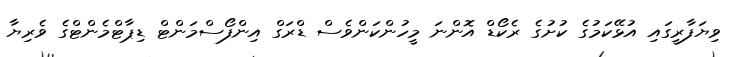
ވިޔަފާރީގައި އުޅޭކަމުގެ ކުށުގެ ރެކޯޑް އޮންނަ މީހުންކަންވެސް ޑްރަގް އިންފޯސްމަންޓް ޑިޕާޓްމެންޓްގެ ވެރިޔާ